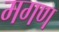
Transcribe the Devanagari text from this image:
मगण